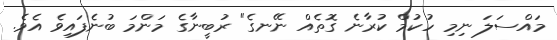
މައްސަލަ ނިމި ހުކުމް ކުރާނެ ގޮތެއް ނޭނގެ" ރުބީނާގެ މަންމަ ބުނެފައިވެ އެވެ.